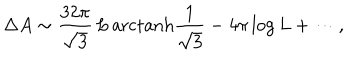
LaTeX: \Delta A \sim \frac { 3 2 \pi } { \sqrt { 3 } } \, L \, { \mathrm { a r c t a n h } } \frac 1 { \sqrt { 3 } } - 4 \pi \log L + \cdots ,